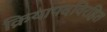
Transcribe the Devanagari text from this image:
क्रियापदविरहित